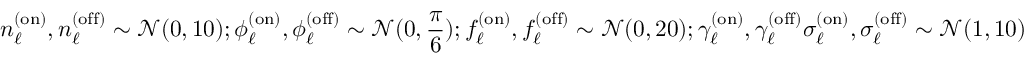
{ n _ { \ell } ^ { \mathrm { ( o n ) } } , n _ { \ell } ^ { \mathrm { ( o f f ) } } \sim \mathcal { N } ( 0 , 1 0 ) ; \phi _ { \ell } ^ { \mathrm { ( o n ) } } , \phi _ { \ell } ^ { \mathrm { ( o f f ) } } \sim \mathcal { N } ( 0 , \frac { \pi } { 6 } ) } ; \newline { { f _ { \ell } ^ { \mathrm { ( o n ) } } , f _ { \ell } ^ { \mathrm { ( o f f ) } } \sim \mathcal { N } ( 0 , 2 0 ) ; \gamma _ { \ell } ^ { \mathrm { ( o n ) } } , \gamma _ { \ell } ^ { \mathrm { ( o f f ) } } \sigma _ { \ell } ^ { \mathrm { ( o n ) } } , \sigma _ { \ell } ^ { \mathrm { ( o f f ) } } \sim \mathcal { N } ( 1 , 1 0 ) } }